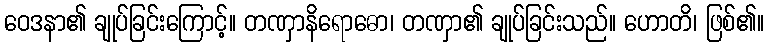
ဝေဒနာ၏ ချုပ်ခြင်းကြောင့်။ တဏှာနိရောဓော၊ တဏှာ၏ ချုပ်ခြင်းသည်။ ဟောတိ၊ ဖြစ်၏။